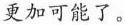
更加可能了。